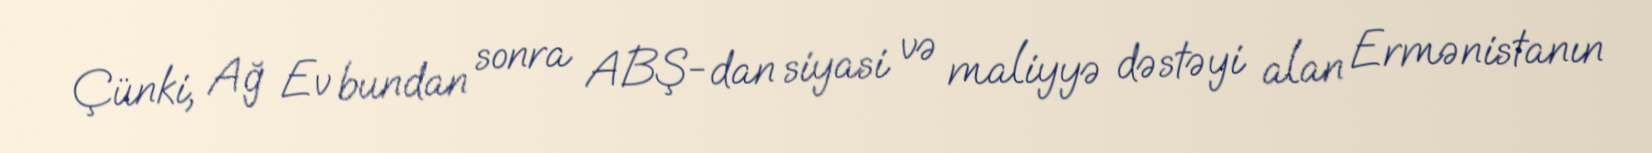
Çünki, Ağ Ev bundan sonra ABŞ-dan siyasi və maliyyə dəstəyi alan Ermənistanın